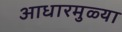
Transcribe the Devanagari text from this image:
आधारमुळ्या